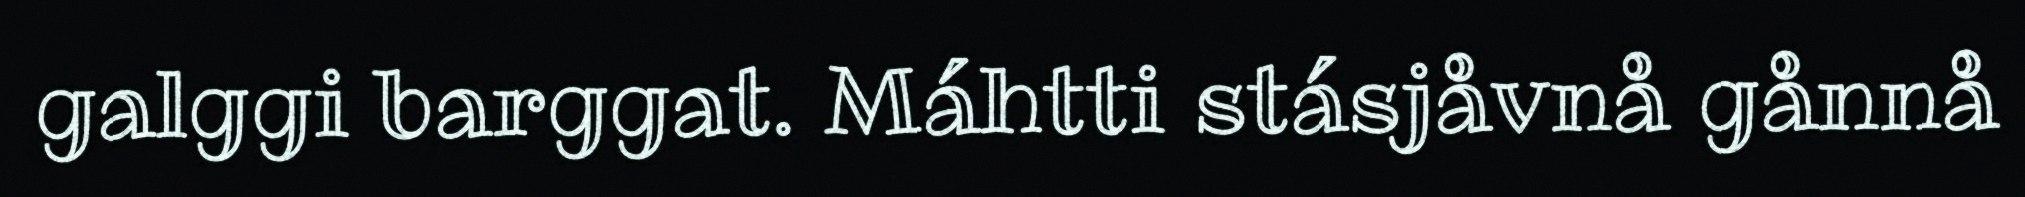
galggi barggat. Máhtti stásjåvnå gånnå